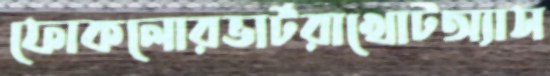
ফোকলোরভার্টরাখোটঅ্যাস